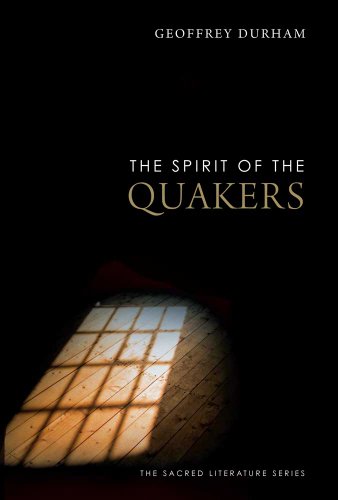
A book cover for The Spirit of the Quakers; Geoffrey Durham; Christian Books & Bibles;